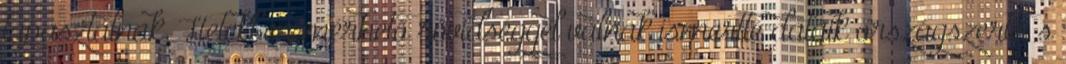
tapasztalnak. Hetekben mérhető rövidséggel válnak ismertté dalaik országszerte, s